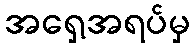
အရှေ့အရပ်မှ